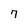
Character: 7